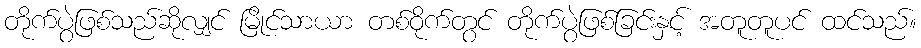
တိုက်ပွဲဖြစ်သည်ဆိုလျှင် မြိုင်သာယာ တစ်ဝိုက်တွင် တိုက်ပွဲဖြစ်ခြင်းနှင့် အတူတူပင် ထင်သည်။